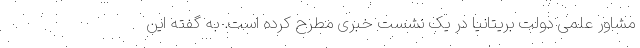
مشاور علمی دولت بریتانیا در یک نشست خبری مطرح کرده است. به گفته این